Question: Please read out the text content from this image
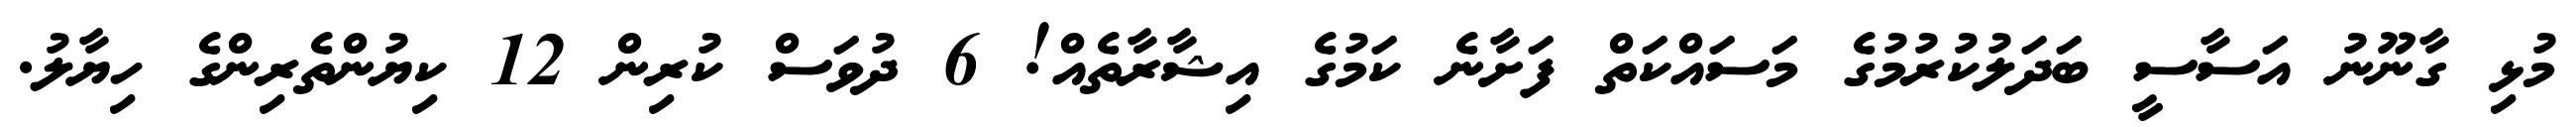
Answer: މުޅި ގާނޫނު އަސާސީ ބަދަލުކުރުމުގެ މަސައްކަތް ފަށާނެ ކަމުގެ އިޝާރާތެއް! 6 ދުވަސް ކުރިން 12 ކިޔުންތެރިންގެ ހިޔާލު.